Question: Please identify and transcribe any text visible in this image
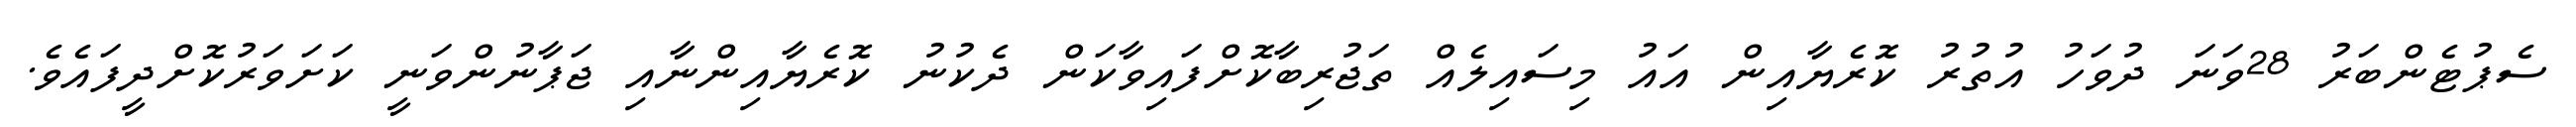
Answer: ސެޕުޓެންބަރު 28ވަނަ ދުވަހު އުތުރު ކޮރެޔާއިން އައު މިސައިލެއް ތަޖުރިބާކޮށްފައިވާކަން ދެކުނު ކޮރެޔާއިންނާއި ޖަޕާނުންވަނީ ކަށަވަރުކޮށްދީފައެވެ.